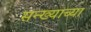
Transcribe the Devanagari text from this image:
सन्ख्याच्या